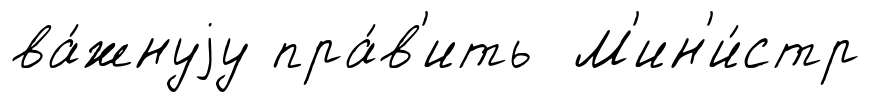
ва́жнуjу пра́в'ить М'ин'и́стр